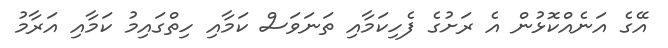
އޭގެ އަނެއްކޮޅުން އެ ރަށުގެ ފެހިކަމާއި ތަނަވަސް ކަމާއި ހިތްގައިމު ކަމާއި އަރާމު